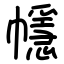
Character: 㡥